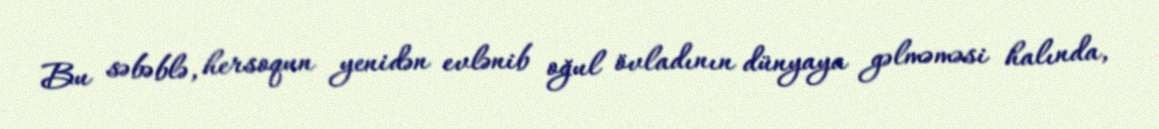
Bu səbəblə, hersoqun yenidən evlənib oğul övladının dünyaya gəlməməsi halında,